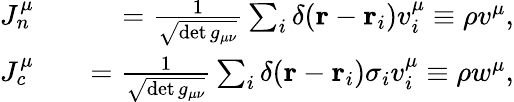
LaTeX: \begin{array}{rlr}{J_{n}^{\mu}}&{{}}&{=\frac{1}{\sqrt{\operatorname*{det}g_{\mu\nu}}}\sum_{i}\delta(\mathbf{r}-\mathbf{r}_{i})v_{i}^{\mu}\equiv\rho v^{\mu},}\\ {J_{c}^{\mu}}&{{}}&{=\frac{1}{\sqrt{\operatorname*{det}g_{\mu\nu}}}\sum_{i}\delta(\mathbf{r}-\mathbf{r}_{i})\sigma_{i}v_{i}^{\mu}\equiv\rho w^{\mu},}\end{array}